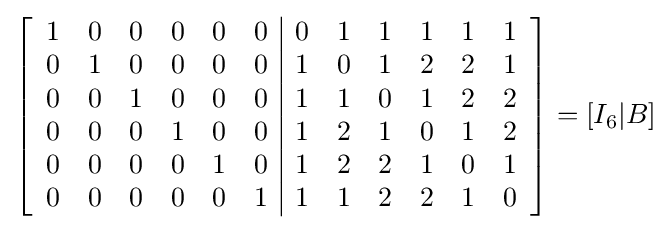
\left[{\begin{array}{cccccc|cccccc}1&0&0&0&0&0&0&1&1&1&1&1\\0&1&0&0&0&0&1&0&1&2&2&1\\0&0&1&0&0&0&1&1&0&1&2&2\\0&0&0&1&0&0&1&2&1&0&1&2\\0&0&0&0&1&0&1&2&2&1&0&1\\0&0&0&0&0&1&1&1&2&2&1&0\\\end{array}}\right]=[I_{6}|B]